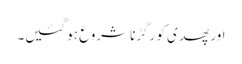
اور پھدی کو رگڑنا شروع ہو گئیں۔